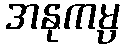
အနုကမ္ပ